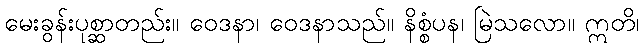
မေးခွန်းပုစ္ဆာတည်း။ ဝေဒနာ၊ ဝေဒနာသည်။ နိစ္စံပန၊ မြဲသလော။ ဣတိ၊